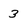
Character: 3